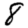
Digit: 8